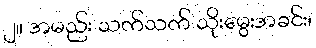
၂။ အမည်း သက်သက် သိုးမွေးအခင်း၊